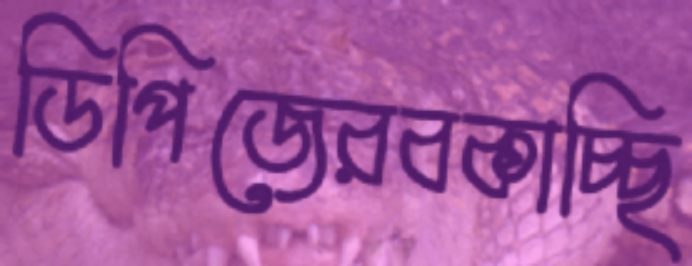
ডিপিজেরবকাচ্ছি